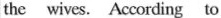
the wives. According to